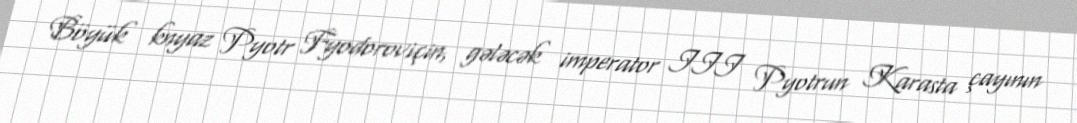
Böyük knyaz Pyotr Fyodoroviçin, gələcək imperator III Pyotrun Karasta çayının